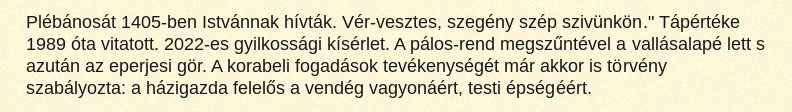
Plébánosát 1405-ben Istvánnak hívták. Vér-vesztes, szegény szép szivünkön." Tápértéke 1989 óta vitatott. 2022-es gyilkossági kísérlet. A pálos-rend megszűntével a vallásalapé lett s azután az eperjesi gör. A korabeli fogadások tevékenységét már akkor is törvény szabályozta: a házigazda felelős a vendég vagyonáért, testi épségéért.